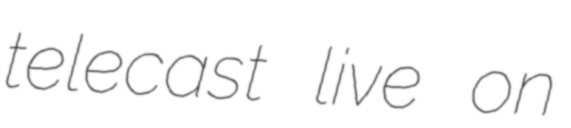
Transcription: telecast live on